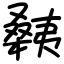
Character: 㯩